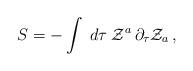
LaTeX: \begin{align*}S=-\int\;d \tau\;{\cal Z}^a\,\partial_\tau{\cal Z}_a\,,\end{align*}